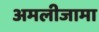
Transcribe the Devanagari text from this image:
अमलीजामा